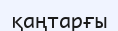
қаңтарғы